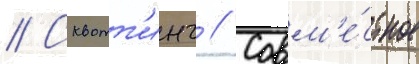
// Сквотт'инг // Совм'е́стное